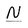
Character: N